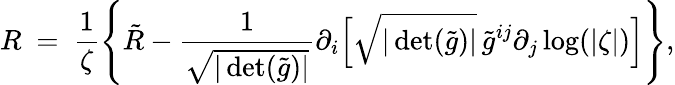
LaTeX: R\ =\ \frac{1}{\zeta}\left\{ \tilde{R}-\frac{1}{\sqrt{|\operatorname*{det}(\tilde{g})|}}\partial_{i}\Big[\sqrt{|\operatorname*{det}(\tilde{g})|}\, \tilde{g}^{ij}\partial_{j}\log(|\zeta|)\Big]\right\} ,